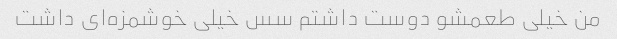
من خیلی طعمشو دوست داشتم سس خیلی خوشمزه‌ای داشت